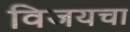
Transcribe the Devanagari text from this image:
विजयचा